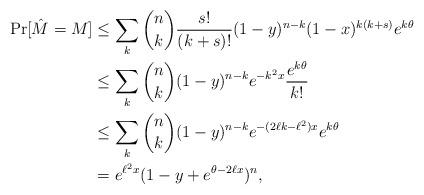
LaTeX: \begin{align*} \Pr[\hat{M} = M] &\leq \sum_k \binom{n}{k} \frac{s!}{(k+s)!} (1-y)^{n-k}(1-x)^{k(k+s)}e^{k \theta}\\ &\leq \sum_k \binom{n}{k} (1-y)^{n-k}e^{-k^2 x}\frac{e^{k \theta}}{k!}\\ &\leq \sum_k \binom{n}{k} (1-y)^{n-k}e^{-(2 \ell k - \ell^2)x}e^{k \theta}\\ & = e^{\ell^2 x}(1-y+e^{\theta-2\ell x})^n,\end{align*}